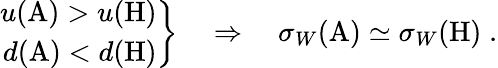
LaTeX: \left.\begin{array}{r}{{u(\mathrm{A})>u(\mathrm{H})}}\\ {{d(\mathrm{A})<d(\mathrm{H})}}\end{array}\right\} \quad\Rightarrow\quad\sigma_{W}(\mathrm{A})\simeq\sigma_{W}(\mathrm{H})\; .